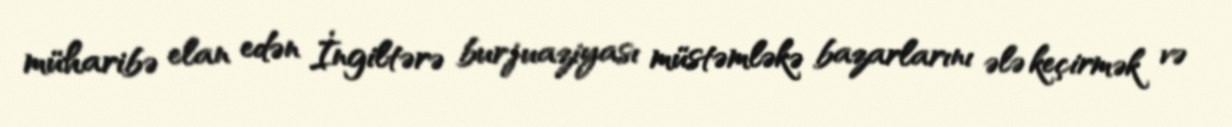
müharibə elan edən İngiltərə burjuaziyası müstəmləkə bazarlarını ələ keçirmək və